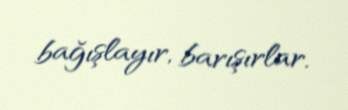
bağışlayır, barışırlar.